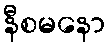
နီစမနော